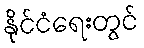
နိုင်ငံရေးတွင်